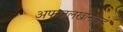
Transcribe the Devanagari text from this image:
अफजलखानाकडे